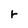
Character: r